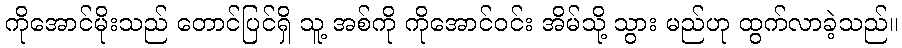
ကိုအောင်မိုးသည် တောင်ပြင်ရှိ သူ့ အစ်ကို ကိုအောင်ဝင်း အိမ်သို့ သွား မည်ဟု ထွက်လာခဲ့သည်။